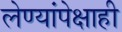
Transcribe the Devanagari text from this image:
लेण्यांपेक्षाही